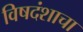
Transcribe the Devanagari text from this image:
विषदंशाचा